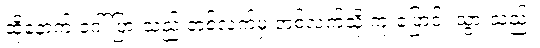
ထို့နောက် ဂေါ်ပြားသည် တစ်လက်မှ တစ်လက်သို့ ကူးပြောင်း သွားသည်။